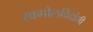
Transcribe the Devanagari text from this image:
खगोलविदांनी